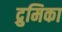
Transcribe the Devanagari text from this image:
द्रुमिका